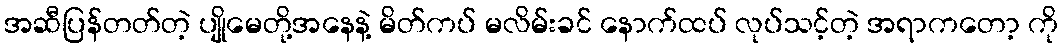
အဆီပြန်တတ်တဲ့ ပျိုမေတို့အနေနဲ့ မိတ်ကပ် မလိမ်းခင် နောက်ထပ် လုပ်သင့်တဲ့ အရာကတော့ ကို